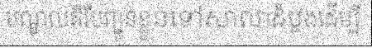
មណ្ឌលគិរីបញ្ជូនខ្លួនទៅសាលាដំបូងដើម្បី